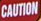
CAUTION